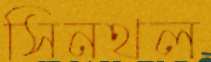
সিনথল